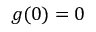
g ( 0 ) = 0